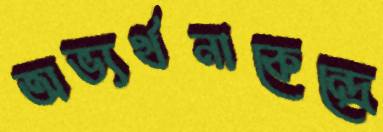
অভ্যর্থনাকেন্দ্রে